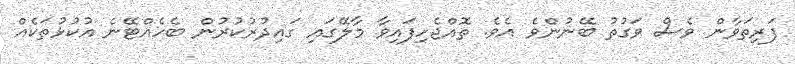
ފަރިތަވާން ވެސް ވަގުތު ބޭނުންވެ އެވެ. ތޮއްޖެހިފައިވާ މާލޭގައި ގައިދުރުކުރުން ބެހެއްޓޭނެ އުކުޅުތަކެއް